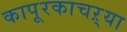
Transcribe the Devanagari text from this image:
कापूरकाचऱ्या